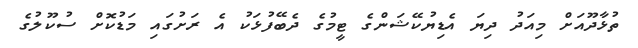
ތުޅާދޫއަށް މިއަދު ދިޔަ އެޑިޔުކޭޝަންގެ ޓީމުގެ ދެބޭފުޅަކު އެ ރަށުގައި މަޑުކޮށް ސުކޫލުގެ